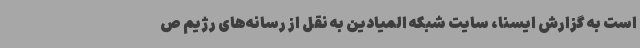
است به گزارش ایسنا، سایت شبکه المیادین به نقل از رسانه‌های رژیم ص